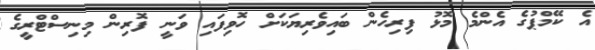
އެ ކޭމްޕުގެ އެންމެ މޮޅު ފިރިހެން ބައިވެރިޔަކަށް ހޮވިފައި ވަނީ ފޮރިން މިނިސްޓްރީގެ